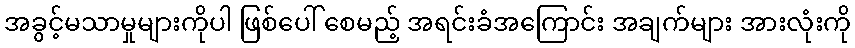
အခွင့်မသာမှုများကိုပါ ဖြစ်ပေါ် စေမည့် အရင်းခံအကြောင်း အချက်များ အားလုံးကို